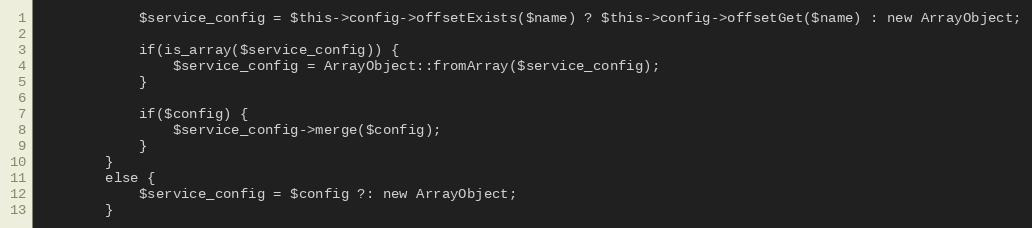
Language: PHP
            $service_config = $this->config->offsetExists($name) ? $this->config->offsetGet($name) : new ArrayObject;

            if(is_array($service_config)) {
                $service_config = ArrayObject::fromArray($service_config);
            }

            if($config) {
                $service_config->merge($config);
            }
        }
        else {
            $service_config = $config ?: new ArrayObject;
        }